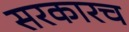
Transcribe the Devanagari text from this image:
सरकारच